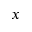
x